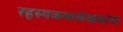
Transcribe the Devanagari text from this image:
रहस्यकथालेखकांना